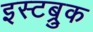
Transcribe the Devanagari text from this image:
इस्टब्रुक